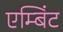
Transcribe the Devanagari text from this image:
एम्बिंट